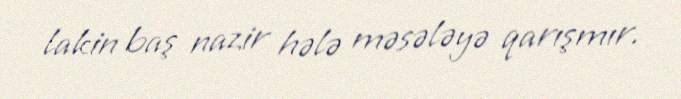
lakin baş nazir hələ məsələyə qarışmır.